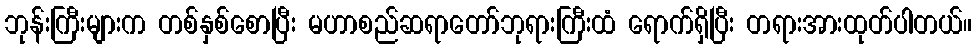
ဘုန်းကြီးများက တစ်နှစ်စောပြီး မဟာစည်ဆရာတော်ဘုရားကြီးထံ ရောက်ရှိပြီး တရားအားထုတ်ပါတယ်။